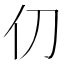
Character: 𫢈